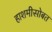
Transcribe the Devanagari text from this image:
हाशमीसोबत